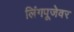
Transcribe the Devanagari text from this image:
लिंगपूजेवर